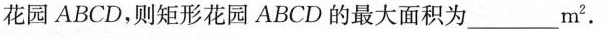
花园ABCD，则矩形花园ABCD的最大面积为___m^{2}.